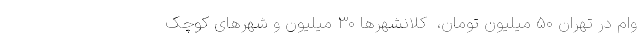
وام در تهران ۵۰ میلیون تومان، ‌ کلانشهرها ۳۰ میلیون و شهرهای کوچک